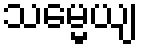
သမ္မေယျ